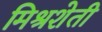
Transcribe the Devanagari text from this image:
मिश्रशेती